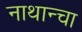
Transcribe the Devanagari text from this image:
नाथान्चा